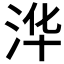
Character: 𮳆